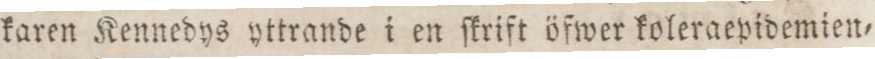
karen Kennedys yttrande i en ſkrift öfwer koleraepidemien=